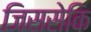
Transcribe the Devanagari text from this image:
जिससेकि